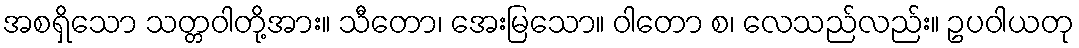
အစရှိသော သတ္တဝါတို့အား။ သီတော၊ အေးမြသော။ ဝါတော စ၊ လေသည်လည်း။ ဥပဝါယတု